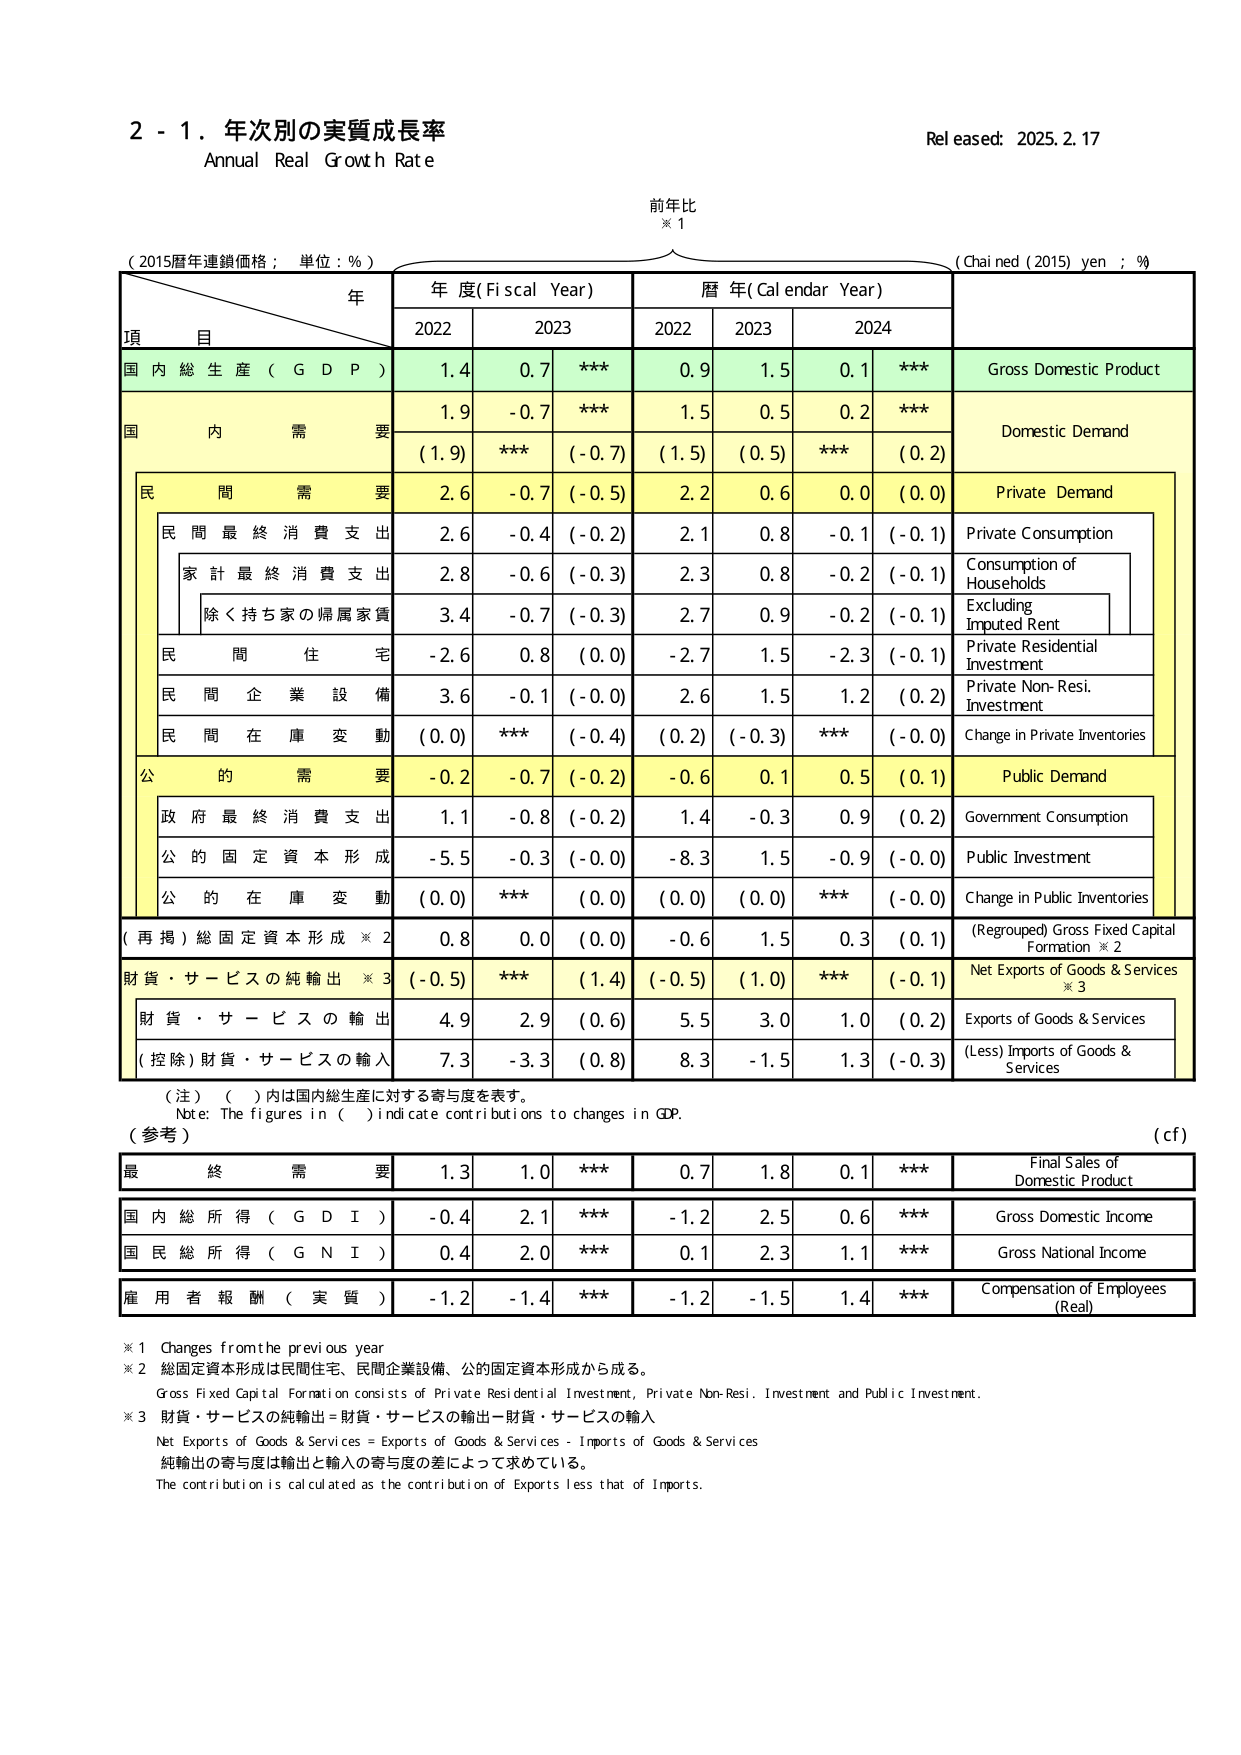
2 - 1. 年次別の実質成長率
Annual Real Growth Rate
Released: 2025.2.17

前年比
※1

(2015暦年連鎖価格；単位：% )
(Chained (2015) yen ; %)

年
年度(Fiscal Year)
暦年(Calendar Year)

項 目
2022
2023
2022
2023
2024

国内総生産（GDP）
1.4
0.7
***
0.9
1.5
0.1
***
Gross Domestic Product

国内需要
1.9
-0.7
***
1.5
0.5
0.2
***
Domestic Demand
(1.9)
***
(-0.7)
(1.5)
(0.5)
***
(0.2)

民間需要
2.6
-0.7
(-0.5)
2.2
0.6
0.0
(0.0)
Private Demand

民間最終消費支出
2.6
-0.4
(-0.2)
2.1
0.8
-0.1
(-0.1)
Private Consumption

家計最終消費支出
2.8
-0.6
(-0.3)
2.3
0.8
-0.2
(-0.1)
Consumption of Households

除く持ち家の帰属家賃
3.4
-0.7
(-0.3)
2.7
0.9
-0.2
(-0.1)
Excluding Imputed Rent

民間住宅
-2.6
0.8
(0.0)
-2.7
1.5
-2.3
(-0.1)
Private Residential Investment

民間企業設備
3.6
-0.1
(-0.0)
2.6
1.5
1.2
(0.2)
Private Non-Resi. Investment

民間在庫変動
(0.0)
***
(-0.4)
(0.2)
(-0.3)
***
(-0.0)
Change in Private Inventories

公的需要
-0.2
-0.7
(-0.2)
-0.6
0.1
0.5
(0.1)
Public Demand

政府最終消費支出
1.1
-0.8
(-0.2)
1.4
-0.3
0.9
(0.2)
Government Consumption

公的固定資本形成
-5.5
-0.3
(-0.0)
-8.3
1.5
-0.9
(-0.0)
Public Investment

公的在庫変動
(0.0)
***
(0.0)
(0.0)
(0.0)
***
(-0.0)
Change in Public Inventories

(再掲)総固定資本形成 ※2
0.8
0.0
(0.0)
-0.6
1.5
0.3
(0.1)
(Regrouped) Gross Fixed Capital Formation ※2

財貨・サービスの純輸出 ※3
(-0.5)
***
(1.4)
(-0.5)
(1.0)
***
(-0.1)
Net Exports of Goods & Services ※3

財貨・サービスの輸出
4.9
2.9
(0.6)
5.5
3.0
1.0
(0.2)
Exports of Goods & Services

(控除)財貨・サービスの輸入
7.3
-3.3
(0.8)
8.3
-1.5
1.3
(-0.3)
(Less) Imports of Goods & Services

（注）（ ）内は国内総生産に対する寄与度を表す。
Note: The figures in ( ) indicate contributions to changes in GDP.

（参考）
(cf)

最終需要
1.3
1.0
***
0.7
1.8
0.1
***
Final Sales of Domestic Product

国内総所得（GDI）
-0.4
2.1
***
-1.2
2.5
0.6
***
Gross Domestic Income

国民総所得（GNI）
0.4
2.0
***
0.1
2.3
1.1
***
Gross National Income

雇用者報酬（実質）
-1.2
-1.4
***
-1.2
-1.5
1.4
***
Compensation of Employees (Real)

※1 Changes from the previous year
※2 総固定資本形成は民間住宅、民間企業設備、公的固定資本形成から成る。
Gross Fixed Capital Formation consists of Private Residential Investment, Private Non-Resi. Investment and Public Investment.
※3 財貨・サービスの純輸出＝財貨・サービスの輸出－財貨・サービスの輸入
Net Exports of Goods & Services = Exports of Goods & Services - Imports of Goods & Services
純輸出の寄与度は輸出と輸入の寄与度の差によって求めている。
The contribution is calculated as the contribution of Exports less that of Imports.